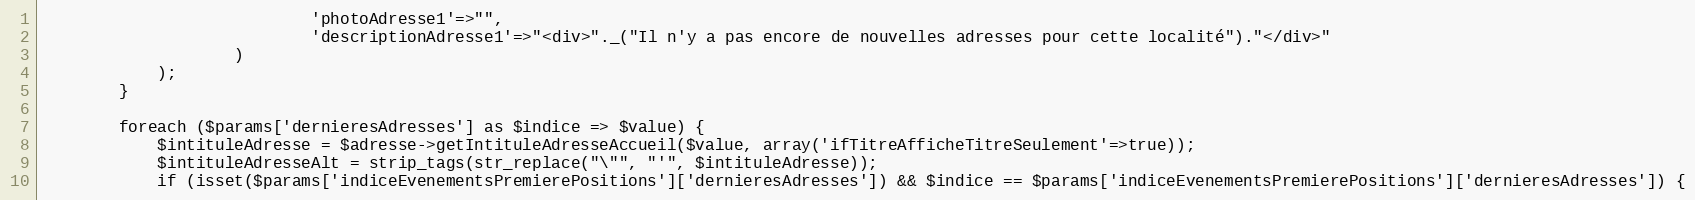
Language: PHP
							'photoAdresse1'=>"",
							'descriptionAdresse1'=>"<div>"._("Il n'y a pas encore de nouvelles adresses pour cette localité")."</div>"
					)
			);
		}

		foreach ($params['dernieresAdresses'] as $indice => $value) {
			$intituleAdresse = $adresse->getIntituleAdresseAccueil($value, array('ifTitreAfficheTitreSeulement'=>true));
			$intituleAdresseAlt = strip_tags(str_replace("\"", "'", $intituleAdresse));
			if (isset($params['indiceEvenementsPremierePositions']['dernieresAdresses']) && $indice == $params['indiceEvenementsPremierePositions']['dernieresAdresses']) {